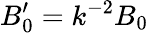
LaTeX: B_{0}^{\prime}=k^{-2}B_{0}